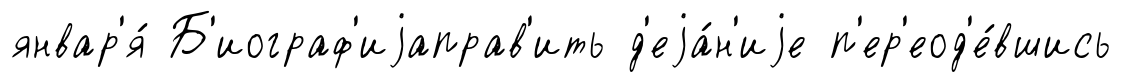
январ'я́ Б'иограф'иjаправ'ить д'еjа́н'иjе п'ер'еод'е́вшись